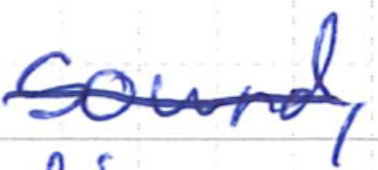
Text: sound,
Cross-out: single-line
Writing tool: ballpoint